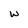
Character: w